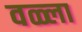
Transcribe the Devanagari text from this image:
वळ्ला